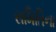
સમિતિના